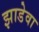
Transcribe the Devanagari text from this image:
झाडेवा